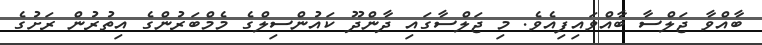
ބާއްވާ ޖަލްސާ ބާއްވައިފިއެވެ. މި ޖަލްސާގައި ދާންދޫ ކައުންސިލްގެ މެމްބަރުންގެ އިތުރުން ރަށުގެ